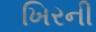
ખિરની